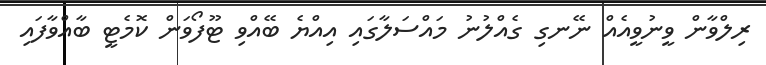
ރިލްވާން ވީނުވީއެއް ނޭނގި ގެއްލުނު މައްސަލާގައި އިއްޔެ ބޭއްވި ޓޫފޯވަން ކޮމެޓީ ބާއްވާފައި